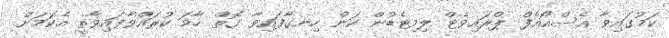
ކަމުގައިވާ އެސްއޯއެފް ޕްރައިވެޓް ލިމިޓެޑުން ކަން ހިނގާފައިވާ ގޮތް ހާމަ ކުރައްވާފައިވާތީ އެކަަމަށް